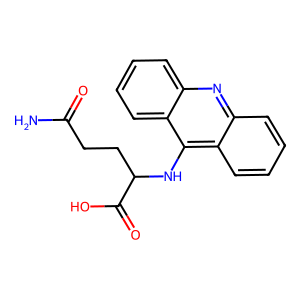
SMILES: NC(=O)CCC(Nc1c2ccccc2nc2ccccc12)C(=O)O
Inhibits HIV replication: No